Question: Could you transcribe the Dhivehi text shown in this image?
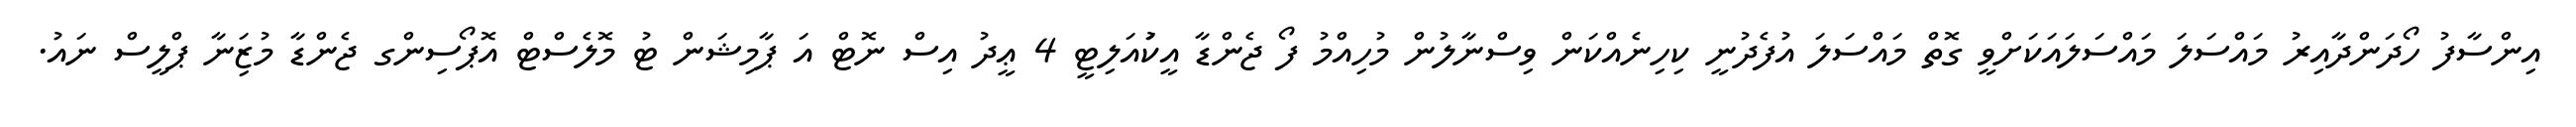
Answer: އިންސާފު ހޯދަންދާއިރު މައްސަލަ މައްސަލައަކަށްވީ ގޮތް މައްސަލަ އުފެދުނީ ކިހިނެއްކަން ވިސްނާލުން މުހިއްމު ފޯ ޖެންޑާ އީކުައަލިޓީ 4 ޢީދު އިސް ނޮޓް އަ ޕާމިޝަން ޓު މޮލެސްޓް އޮޕޯސިންގ ޖެންޑާ މުޒަިނާ ޕްލީސް ނައު.